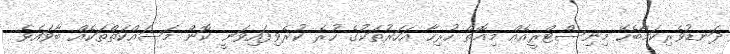
ދަނޑުވެރިކަމާބެހޭ މިނިސްޓްރީއެއް މިއޮތް ހުރިހާ އަހަރުތަކުގެ ހުރެ ކުރެވިފައިވަނީ ކޮން މަސައްކަތްތަކެއް ބާވައެވެ